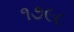
૧૭૯૮